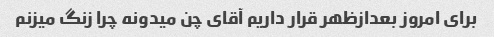
برای امروز بعدازظهر قرار داریم آقای چن میدونه چرا زنگ میزنم